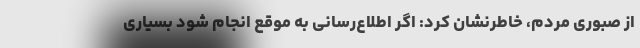
از صبوری مردم، خاطرنشان کرد: اگر اطلاع‌رسانی به موقع انجام شود بسیاری